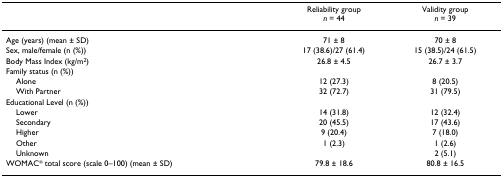
|  | Reliability groupn = 44 | Validity groupn = 39 |
 | --- | --- | --- |
 | Age (years) (mean ± SD) | 71 ± 8 | 70 ± 8 |
 | Sex, male/female (n (%)) | 17 (38.6)/27 (61.4) | 15 (38.5)/24 (61.5) |
 | Body Mass Index (kg/m2) | 26.8 ± 4.5 | 26.7 ± 3.7 |
 | Family status (n (%)) |  |  |
 | Alone | 12 (27.3) | 8 (20.5) |
 | With Partner | 32 (72.7) | 31 (79.5) |
 | Educational Level (n (%)) |  |  |
 | Lower | 14 (31.8) | 12 (32.4) |
 | Secondary | 20 (45.5) | 17 (43.6) |
 | Higher | 9 (20.4) | 7 (18.0) |
 | Other | 1 (2.3) | 1 (2.6) |
 | Unknown |  | 2 (5.1) |
 | WOMAC* total score (scale 0–100) (mean ± SD) | 79.8 ± 18.6 | 80.8 ± 16.5 |